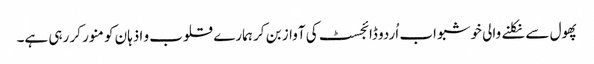
پھول سے نکلنے والی خوشبو اب اُردو ڈائجسٹ کی آواز بن کر ہمارے قلوب و اذہان کو منور کر رہی ہے۔